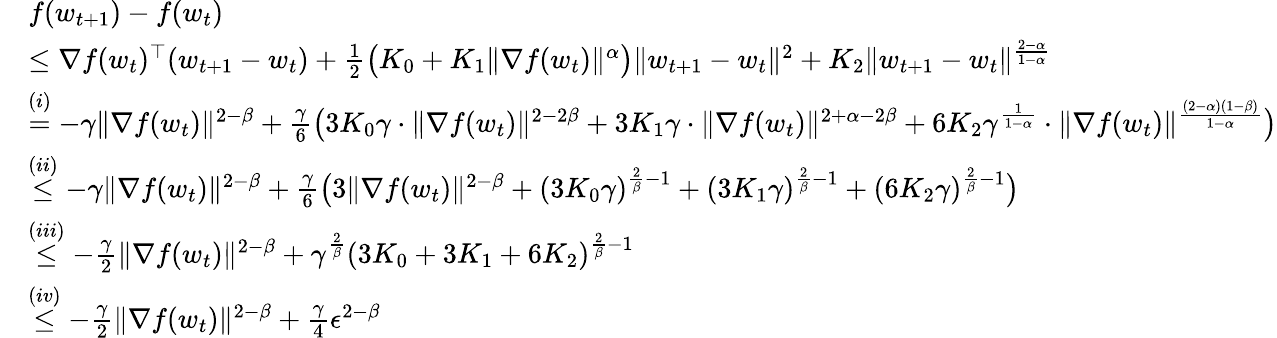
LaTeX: \begin{array}{rl}&{f(w_{t+1})-f(w_{t})}\\ &{\le\nabla f(w_{t})^{\top}(w_{t+1}-w_{t})+\frac{1}{2}\big(K_{0}+K_{1}\| \nabla f(w_{t})\| ^{\alpha}\big)\| w_{t+1}-w_{t}\| ^{2}+K_{2}\| w_{t+1}-w_{t}\| ^{\frac{2-\alpha}{1-\alpha}}}\\ &{\overset{(i)}{=}-\gamma\| \nabla f(w_{t})\| ^{2-\beta}+\frac{\gamma}{6}\big(3K_{0}\gamma\cdot\| \nabla f(w_{t})\| ^{2-2\beta}+3K_{1}\gamma\cdot\| \nabla f(w_{t})\| ^{2+\alpha-2\beta}+6K_{2}\gamma^{\frac{1}{1-\alpha}}\cdot\| \nabla f(w_{t})\| ^{\frac{(2-\alpha)(1-\beta)}{1-\alpha}}\big)}\\ &{\overset{(ii)}{\le}-\gamma\| \nabla f(w_{t})\| ^{2-\beta}+\frac{\gamma}{6}\big(3\| \nabla f(w_{t})\| ^{2-\beta}+(3K_{0}\gamma)^{\frac{2}{\beta}-1}+(3K_{1}\gamma)^{\frac{2}{\beta}-1}+(6K_{2}\gamma)^{\frac{2}{\beta}-1}\big)}\\ &{\overset{(iii)}{\le}-\frac{\gamma}{2}\| \nabla f(w_{t})\| ^{2-\beta}+\gamma^{\frac{2}{\beta}}(3K_{0}+3K_{1}+6K_{2})^{\frac{2}{\beta}-1}}\\ &{\overset{(iv)}{\le}-\frac{\gamma}{2}\| \nabla f(w_{t})\| ^{2-\beta}+\frac{\gamma}{4}\epsilon^{2-\beta}}\end{array}